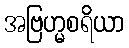
အဗြဟ္မစရိယာ